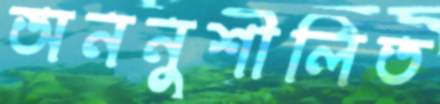
অননুশীলিত